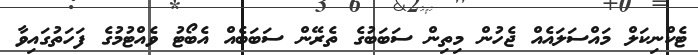
ޓެކްނިކަލް މައްސަލައެއް ޖެހުން މިތިން ސަބަބުގެ ތެރޭން ސަބަބެއް އެބޯޓު ވެއްޓުމުގެ ފަހަތުގައިވާ